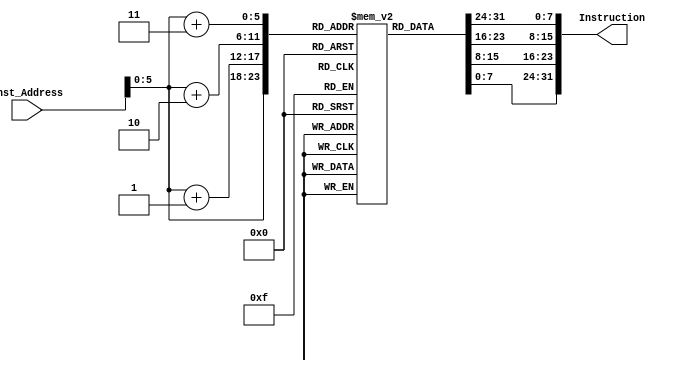
`timescale 1ns / 1ps
//////////////////////////////////////////////////////////////////////////////////
// Company: 
// Engineer: 
// 
// Design Name: 
// Module Name: Instruction_Memory
// Project Name: 
// Target Devices: 
// Tool Versions: 
// Description: 
// 
// Dependencies: 
// 
// Revision:
// Revision 0.01 - File Created
// Additional Comments:
// 
//////////////////////////////////////////////////////////////////////////////////


module Instruction_Memory
(
	input [63:0] Inst_Address,
	output reg [31:0] Instruction
);
	reg [7:0] inst_mem [63:0];
	
	initial begin
    inst_mem[0] = 8'b00110011; //add x10,x12,x13
    inst_mem[1] = 8'b00000101;
    inst_mem[2] = 8'b11010110;
    inst_mem[3] = 8'b0;
    
    inst_mem[4] = 8'b00110011; //add x8,x10,x12
    inst_mem[5] = 8'b00000100;
    inst_mem[6] = 8'b11000101;
    inst_mem[7] = 8'b0;
    
//    inst_mem[8] = 8'b10110011; //sub x1,x8,x10
//    inst_mem[9] = 8'b00000000;
//    inst_mem[10] = 8'b10010100;
//    inst_mem[11] = 8'b01000000;

    inst_mem[8] = 8'b10110011; //add x1,x8,x10
    inst_mem[9] = 8'b00000000;
    inst_mem[10] = 8'b10100100;
    inst_mem[11] = 8'b00000000;
    
    
    
	end
	
	always @(Inst_Address)
	begin
		Instruction={inst_mem[Inst_Address+3],inst_mem[Inst_Address+2],inst_mem[Inst_Address+1],inst_mem[Inst_Address]};
	end
endmodule